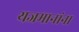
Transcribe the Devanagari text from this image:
यजमानांना